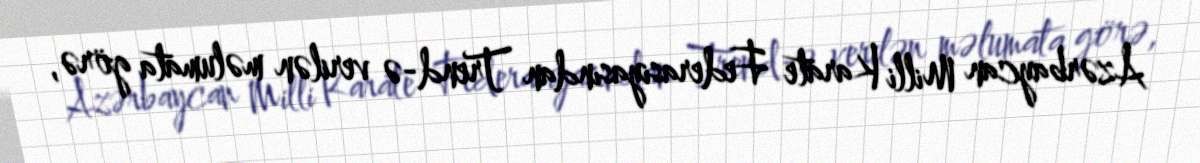
Azərbaycan Milli Karate Federasiyasından Trend-ə verilən məlumata görə,